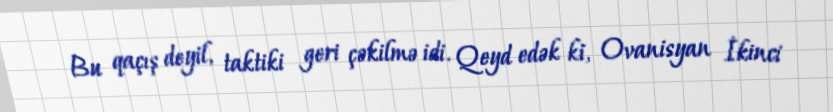
Bu qaçış deyil, taktiki geri çəkilmə idi. Qeyd edək ki, Ovanisyan İkinci